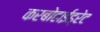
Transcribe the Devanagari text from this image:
करबोहाईड्रेट